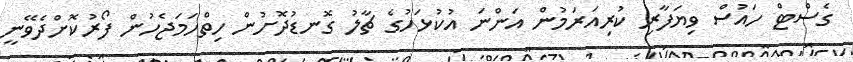
ގެސްޓް ހައުސް ވިޔަފާރި ކުރިއަރަމުން އަންނަ އުކުޅަހުގެ ޗާލު ގޮނޑުދޮށުން ހިތްހަމަޖެހުން ފޯރުކޮށްދެވޭނީ